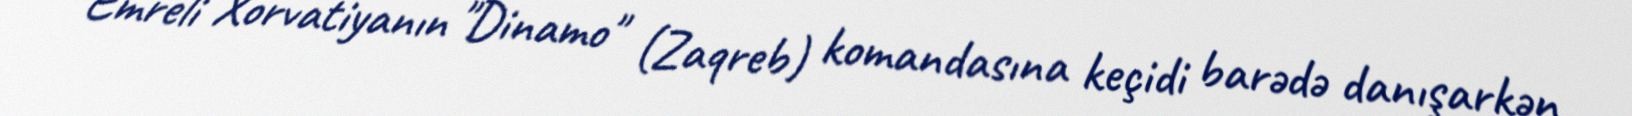
Emreli Xorvatiyanın "Dinamo" (Zaqreb) komandasına keçidi barədə danışarkən